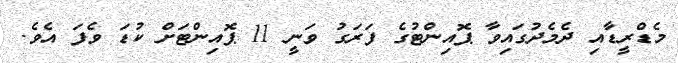
މެޑްރީޑާއި ދެމެދުގައިވާ ޕޮއިންޓުގެ ފަރަގު ވަނީ 11 ޕޮއިންޓަށް ކުޑަ ވެފަ އެވެ.